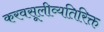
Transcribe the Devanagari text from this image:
करवसूलीव्यतिरिक्त